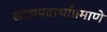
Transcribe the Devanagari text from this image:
खाद्यपदार्थांप्रमाणे